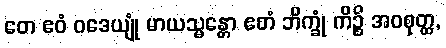
တေ ဧဝံ ဝဒေယျုံ မာယသ္မန္တော ဧတံ ဘိက္ခုံ ကိဉ္စိ အဝစုတ္ထ,